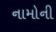
નામોની